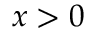
x > 0